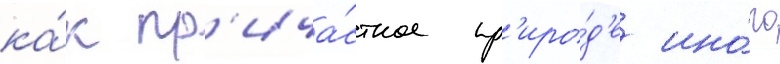
ка́к пр'ича́стное пр'иро́д'е ино́го